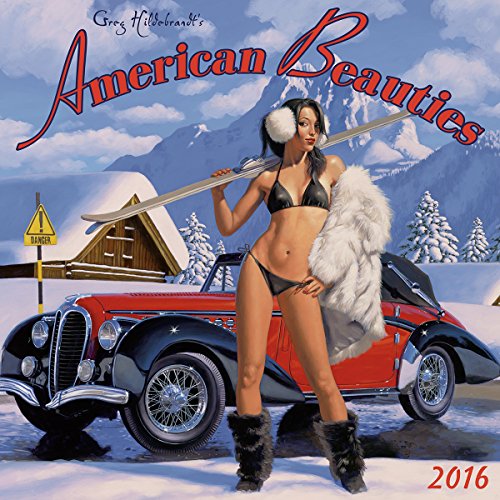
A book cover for American Beauties 2016 Wall Calendar; Greg Hildebrandt; Arts & Photography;